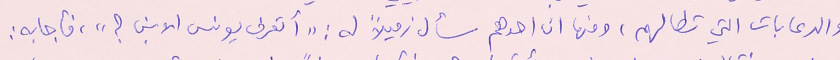
والدعابات التي تطالهم، ومنها ان احدهم سأل زميلاً له : "أتعرف يونس الابن؟"، فأجابه :